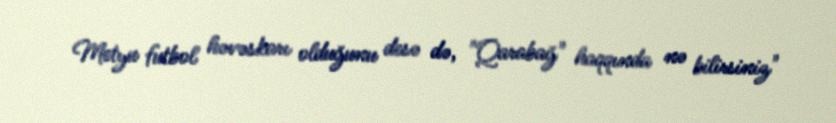
Metyu futbol həvəskarı olduğunu desə də, "Qarabağ" haqqında nə bilirsiniz"